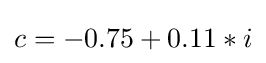
c=-0.75+0.11*i